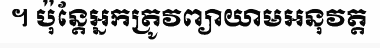
។ ប៉ុន្តែអ្នកត្រូវព្យាយាមអនុវត្ត